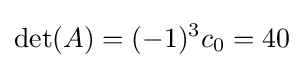
{\displaystyle \det(A)=(-1)^{3}c_{0}=40}